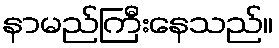
နာမည်ကြီးနေသည်။